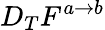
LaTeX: D_{T}F^{a\rightarrow b}